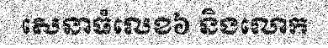
សេនាធំលេខ៦ និងលោក